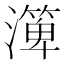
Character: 㵺